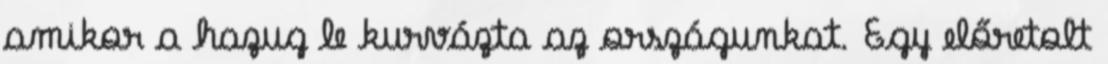
amikor a hazug le kurvázta az országunkat. Egy előretolt